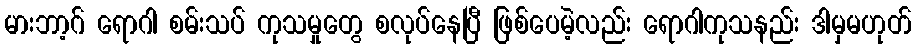
မားဘာ့ဂ် ရောဂါ စမ်းသပ် ကုသမှုတွေ စလုပ်နေပြီ ဖြစ်ပေမဲ့လည်း ရောဂါကုသနည်း ဒါမှမဟုတ်